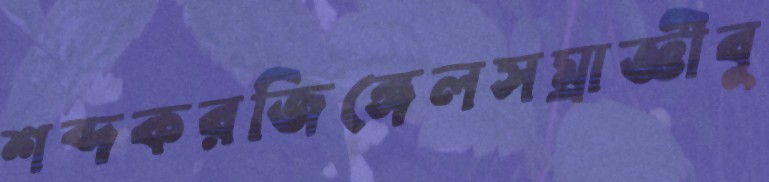
শব্দকরজিঙ্গেলসম্রাজ্ঞীবু